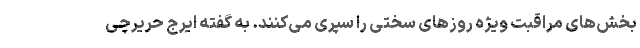
بخش‌های مراقبت ویژه روز‌های سختی را سپری می‌کنند. به گفته ایرج حریرچی